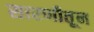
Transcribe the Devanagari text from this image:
सारणीतून